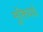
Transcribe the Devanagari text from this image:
मुक्तिदाई